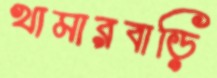
খামারবাড়ি